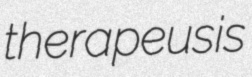
therapeusis